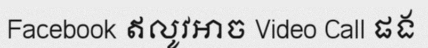
Facebook ឥលូវអាច Video Call ផង